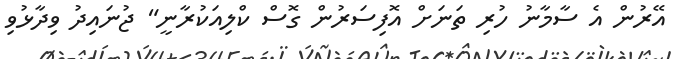
އޭރުން އެ ސާމާނު ހުރި ތަނަށް އޮފިސަރުން ގޮސް ކްލިއަކުރާނީ" ޖުނައިދު ވިދާޅުވި